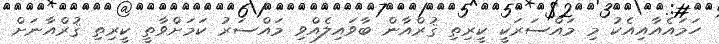
ހަމައެއާއިއެކު މި މައްސަރަކީ ކީރިތި ޤުރްއާން ބާވައިލެއްވި މައްސަރު ކަމަށްވާތީ ކީރިތި ޤުރްއާނަށް